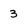
Character: 3